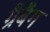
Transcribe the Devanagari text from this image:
ग्रैबैग